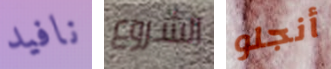
نافيد الشروع أنجلو